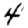
Digit: 4